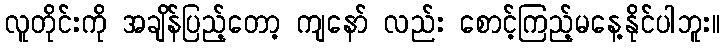
လူတိုင်းကို အချိန်ပြည့်တော့ ကျနော် လည်း စောင့်ကြည့်မနေ့နိုင်ပါဘူး။